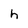
Character: h